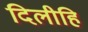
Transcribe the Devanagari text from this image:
दिलीहि